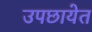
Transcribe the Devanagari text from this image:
उपछायेत